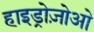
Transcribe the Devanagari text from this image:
हाइड्रोज़ोओ